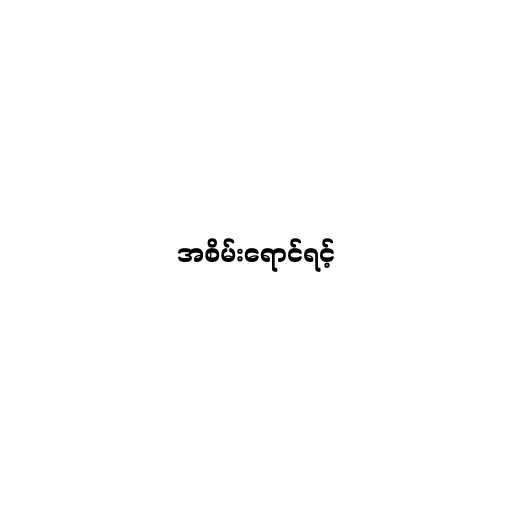
အစိမ်းရောင်ရင့်